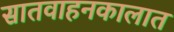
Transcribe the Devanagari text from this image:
सातवाहनकालात